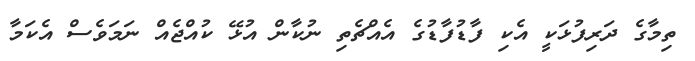
ތިމާގެ ދަރިފުޅަކީ އެކި ފާޑުފާޑުގެ އެއްޗެތި ނުކާން އުޅޭ ކުއްޖެއް ނަމަވެސް އެކަމާ